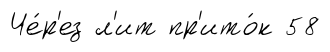
Че́р'ез л'ит пр'ито́к 58